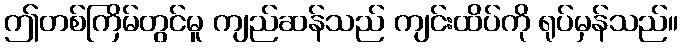
ဤတစ်ကြိမ်တွင်မူ ကျည်ဆန်သည် ကျင်းထိပ်ကို ရုပ်မှန်သည်။